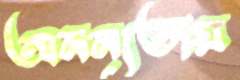
অনন্যতায়